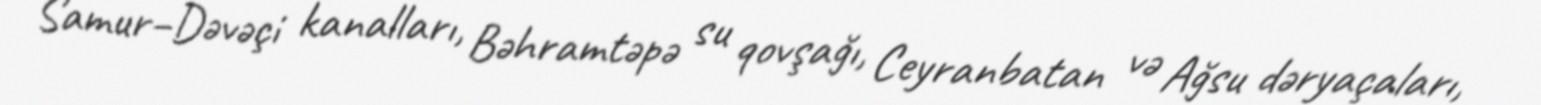
Samur–Dəvəçi kanalları, Bəhramtəpə su qovşağı, Ceyranbatan və Ağsu dəryaçaları,